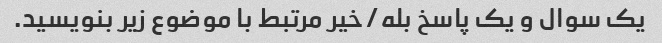
یک سوال و یک پاسخ بله/خیر مرتبط با موضوع زیر بنویسید.